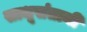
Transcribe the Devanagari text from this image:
साधूसंतानी